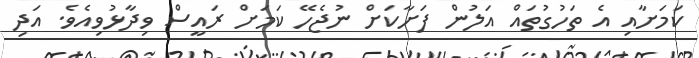
ކަމަށާއި އެ ތަހުގުތައް އަލުން ފަށާކަށް ނުޖެހޭ ކަމަށް ރައީސް ވިދާޅުވިއެވެ. އަދި